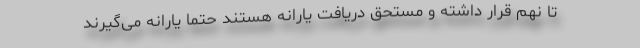
تا نهم قرار داشته و مستحق دریافت یارانه هستند حتما یارانه می‌گیرند